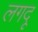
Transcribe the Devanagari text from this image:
लगदू